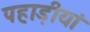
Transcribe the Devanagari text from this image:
पहाड़ीयां